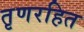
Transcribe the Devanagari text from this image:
तृणरहित